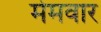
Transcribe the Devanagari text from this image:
मेमवार